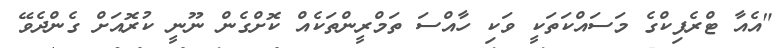
"އެއާ ޓްރެފިކްގެ މަސައްކަތަކީ ވަކި ހާއްސަ ތަމްރީންތަކެއް ކޮށްގެން ނޫނީ ކުރޮއަށް ގެންދެވޭ